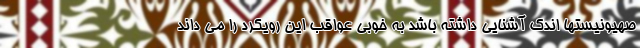
صهیونیستها اندک آشنایی داشته باشد به خوبی عواقب این رویکرد را می داند